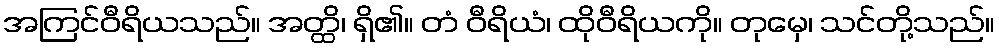
အကြင်ဝီရိယသည်။ အတ္ထိ၊ ရှိ၏။ တံ ဝီရိယံ၊ ထိုဝီရိယကို။ တုမှေ၊ သင်တို့သည်။